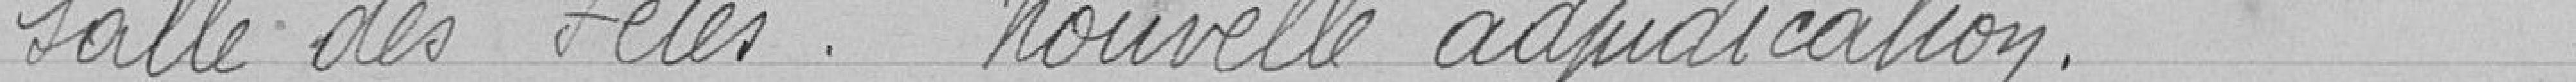
Salle des Fêtes.. Nouvelle adjudication